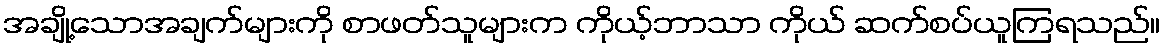
အချို့သောအချက်များကို စာဖတ်သူများက ကိုယ့်ဘာသာ ကိုယ် ဆက်စပ်ယူကြရသည်။